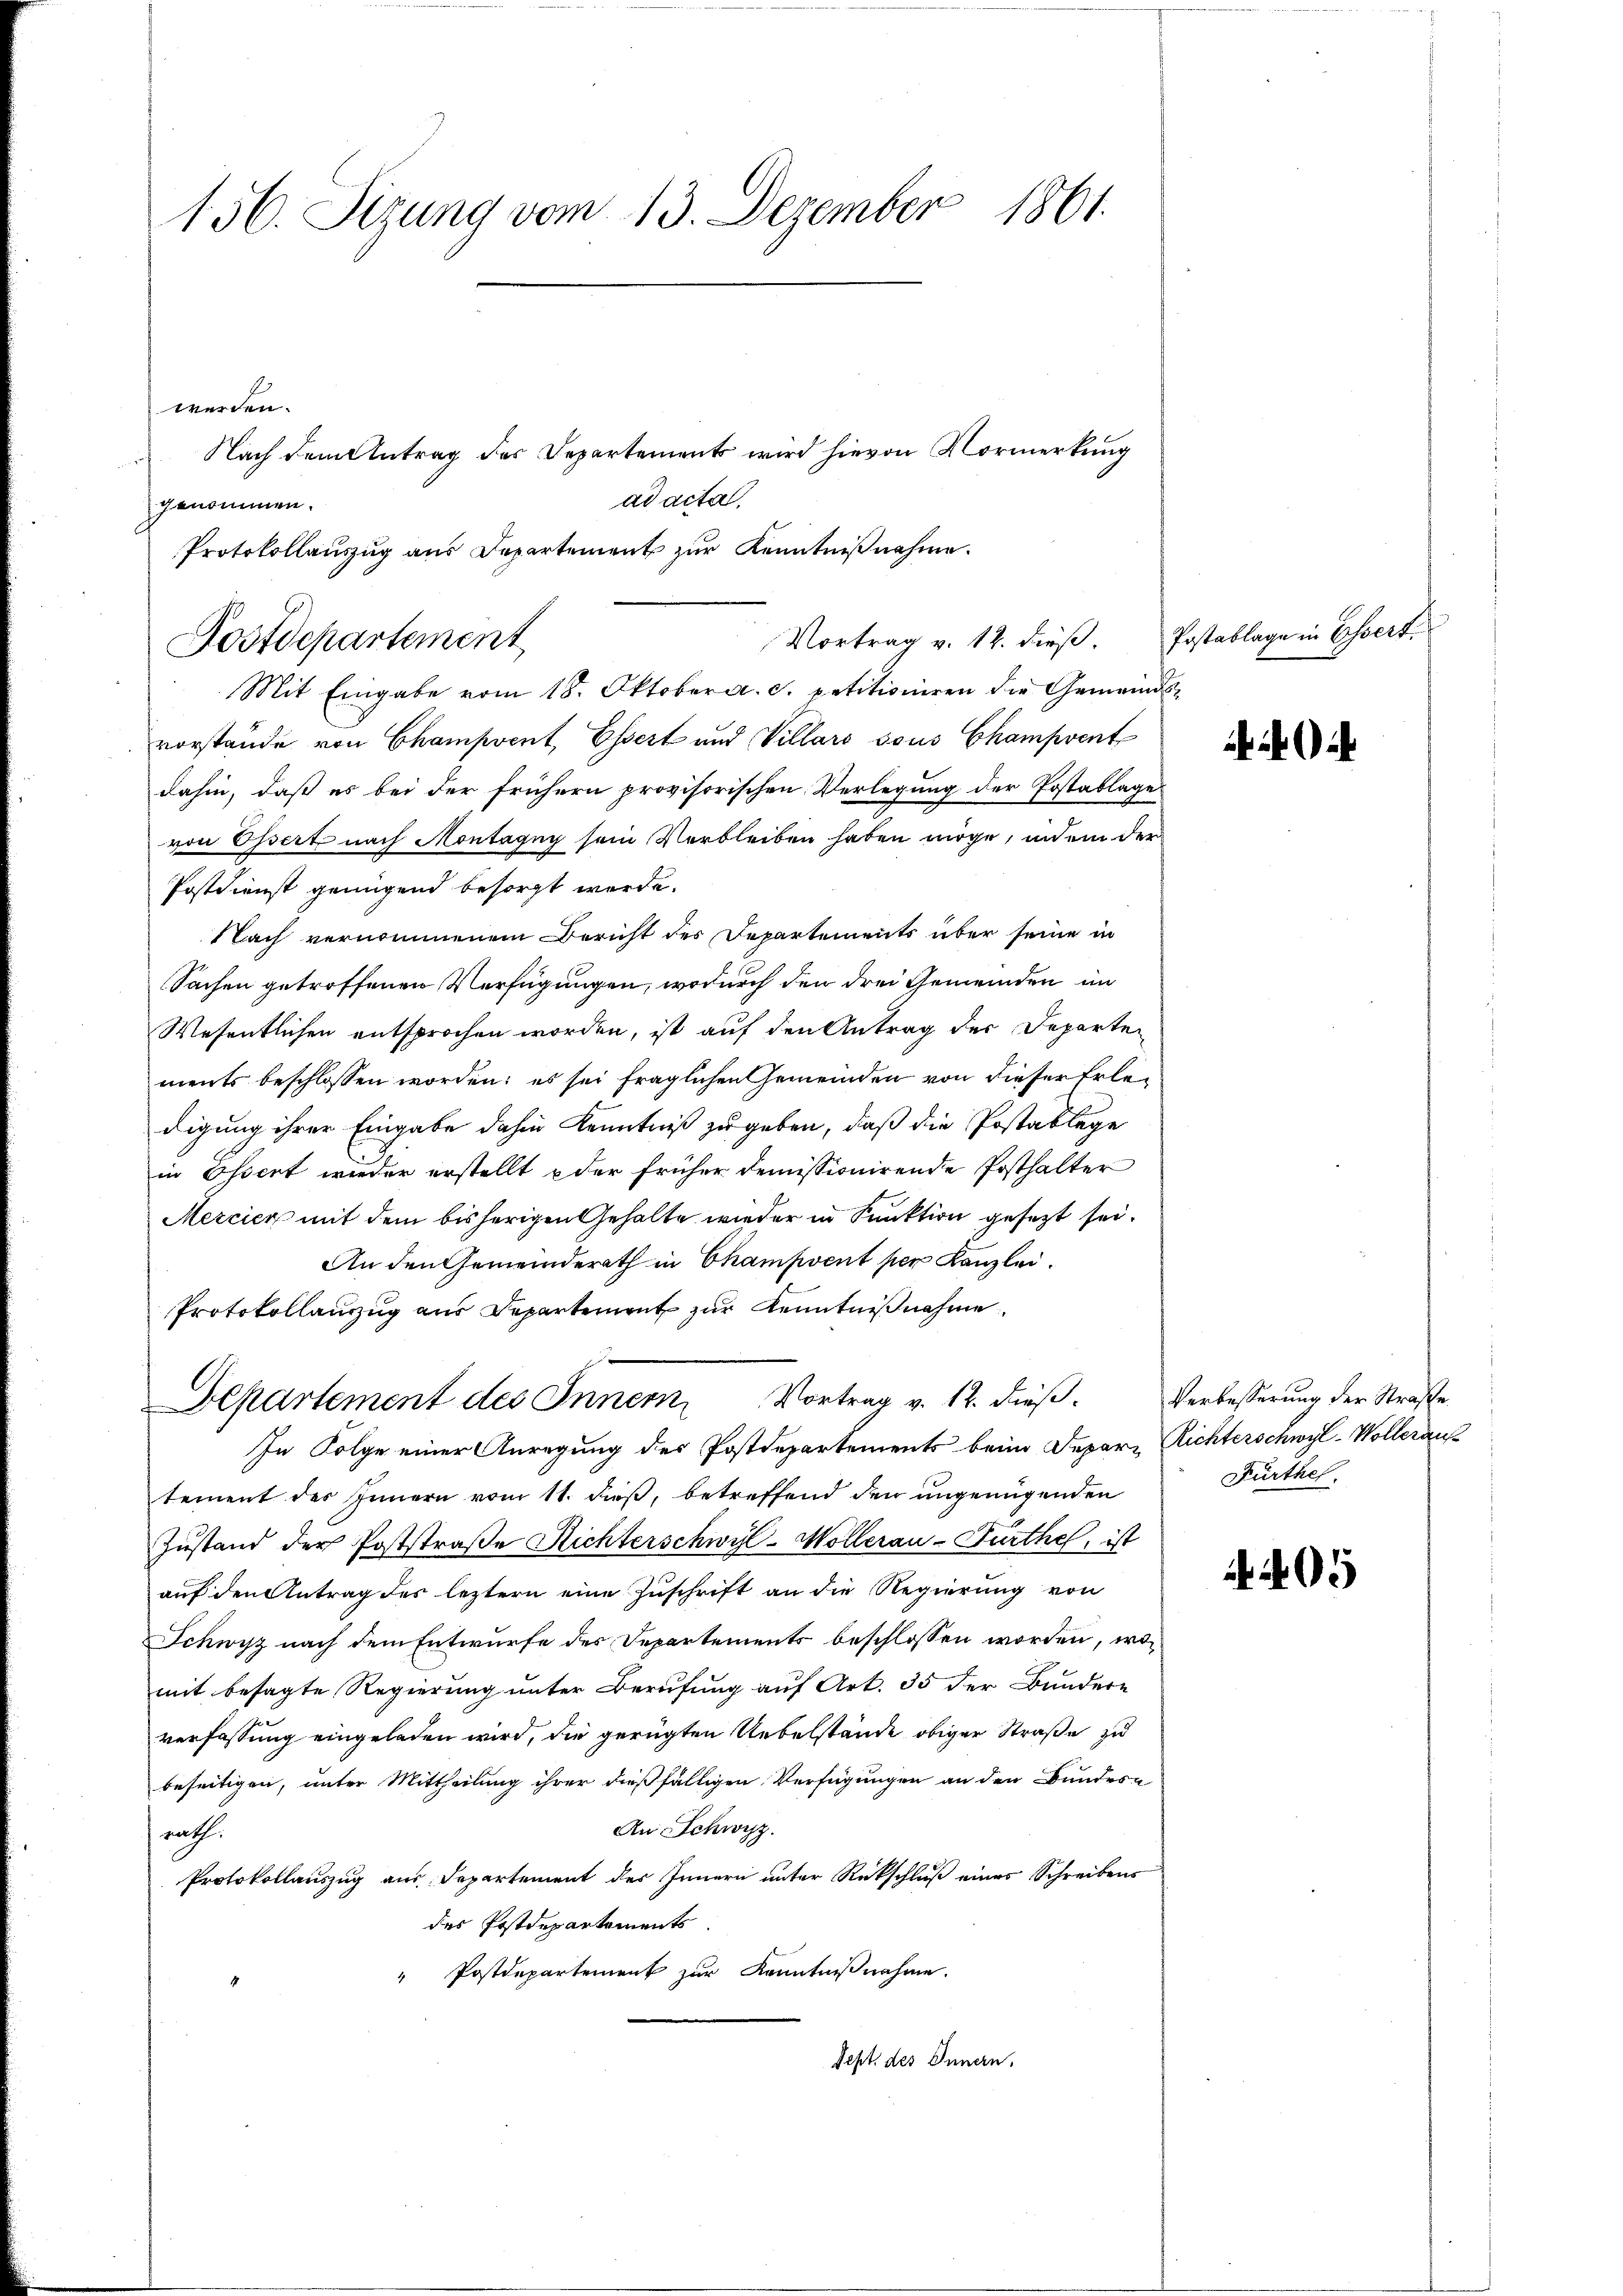
156. Sizung vom 13. Dezember 1861.

werden.
Nach dem Antrag des Departements wird hievon Vormerkung
ad acta.
genommen.
Protokollauszug aus Departement zur Kenntnißnahme.
Mit Eingabe vom 18. Oktober a. c. petitioniren die Gemeindsvorstände von Champvent, Essert und Villars sous Champvent
dahin, daß es bei der frühern provisorischen Verlegung der Postablage
von Ossert nach Montagny sein Verbleiben haben möge, indem der
Postdienst genügend besorgt werde.
Nach vernommenem Bericht der Departements über seine in
Sachen getroffenen Verfügungen, wodurch den drei Gemeinden im
Wesentlichen entsprochen worden, ist auf den Antrag der Departen
ments beschlossen worden; es sei fraglichen Gemeinden von dieser Erledigung ihrer Eingabe dahin Kenntniß zu geben, daß die Postaklege
in Ossert wieder erstellt oder früher demissionirende Posthalter
Mercier mit dem bisherigen Gehalte wieder in Punktion gesezt sei.
An den Gemeinderath in Champvent per Kanzlei.
Protokollanzug aus Departement zur Kenntnißnahme
Departement des Inner Vortrag v. 12. dieß.
In Folge einer Anregung des Postdepartements beim Depare Richterschwyl-Wolleraustement des Innern vom 11. dieß, betreffend den ungenügenden
Zŭstand der Poststraβe Richterschwyl-Möllerau-Furthel, ist
auf den Antrag des leztern eine Zuschrift an die Regierung von
Schwyz nach dem Entwurfe des Departements beschlossen worden, womit besagte Regierung unter Berufung auf Art. 35 der Bundere
verfassung eingeladen wird, die gerügten Uebelstände obiger Straße zu
beseitigen, unter Mittheilung ihrer dießfälligen Verfügungen an den Bundern
An Schwyz.
rath.
Protokollauszug aus Departement des Innern unter Rückschluß eines Schreibens
des Postdepartements
" Postdepartement zur Kenntnißnahme.
Sept. des Innern,

Postdepartement

Vortrag v. 12. dieß.

Postablage in Essert.

)

Verbesserung der Straße
Fürthes.

4405